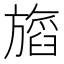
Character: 𬀖